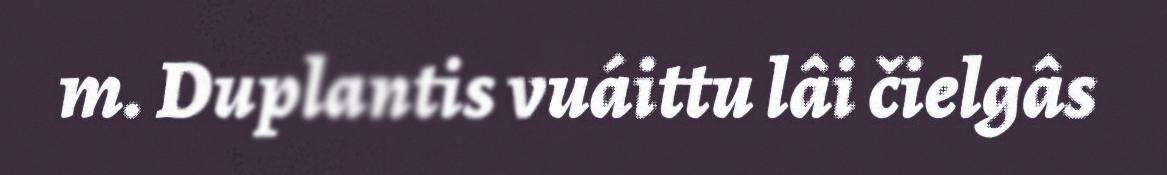
m. Duplantis vuáittu lâi čielgâs